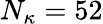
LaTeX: N_{\kappa}=52